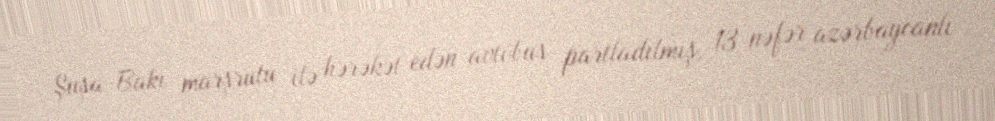
Şuşa-Bakı marşrutu ilə hərəkət edən avtobus partladılmış, 13 nəfər azərbaycanlı